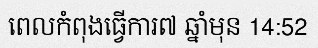
ពេលកំពុងធ្វើការ៧ ឆ្នាំមុន 14:52